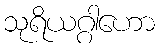
သုရိယဂ္ဂါဟော